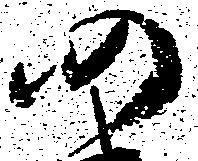
仍